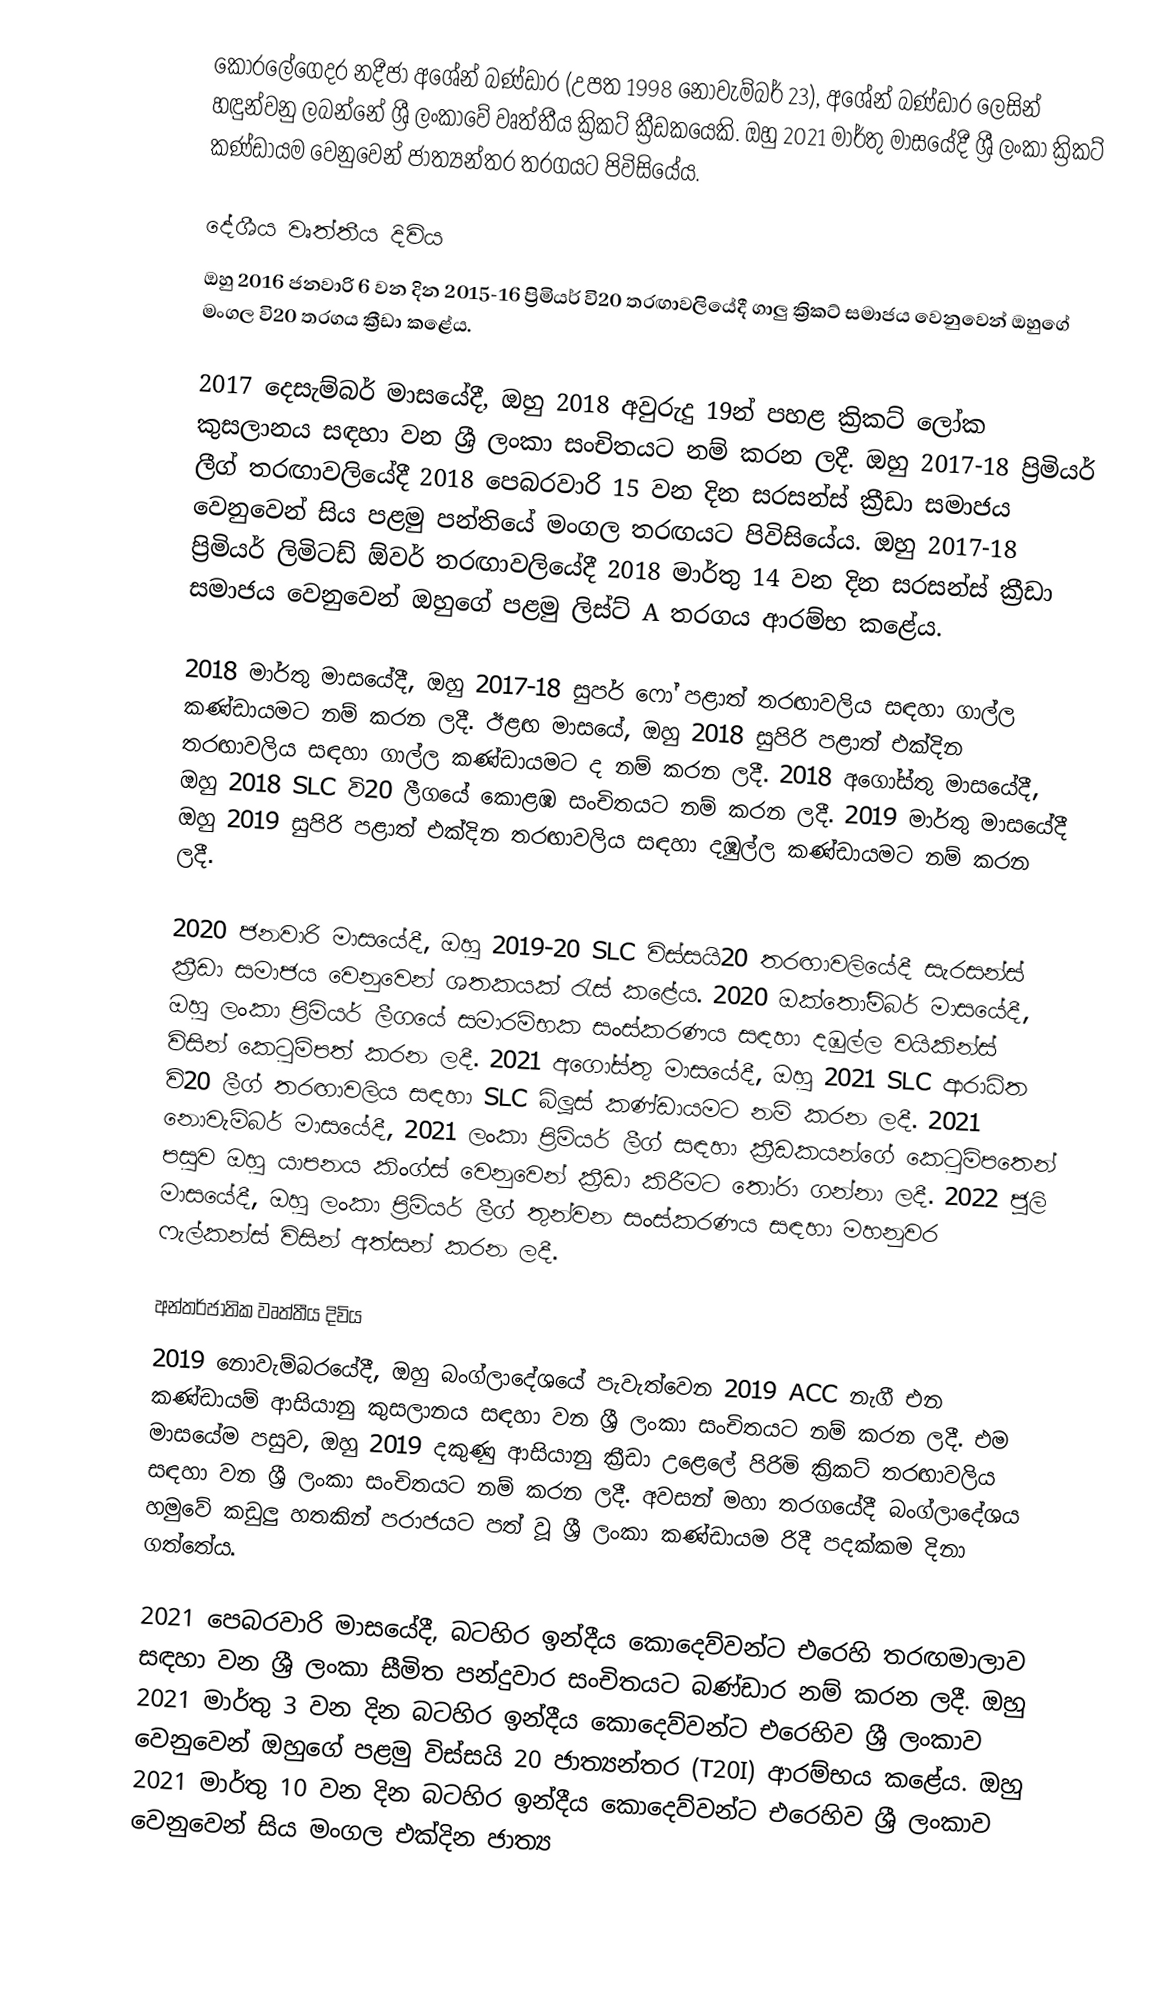
කෝරලේගෙදර නදීජා අශේන් බණ්ඩාර (උපත 1998 නොවැම්බර් 23), අශේන් බණ්ඩාර ලෙසින් හඳුන්වනු ලබන්නේ ශ්‍රී ලංකාවේ වෘත්තීය ක්‍රිකට් ක්‍රීඩකයෙකි. ඔහු 2021 මාර්තු මාසයේදී ශ්‍රී ලංකා ක්‍රිකට් කණ්ඩායම වෙනුවෙන් ජාත්‍යන්තර තරගයට පිවිසියේය.

දේශීය වෘත්තීය දිවිය
ඔහු 2016 ජනවාරි 6 වන දින 2015-16 ප්‍රිමියර් වි20 තරඟාවලියේදී ගාලු ක්‍රිකට් සමාජය වෙනුවෙන් ඔහුගේ මංගල වි20 තරගය ක්‍රීඩා කළේය.

2017 දෙසැම්බර් මාසයේදී, ඔහු 2018 අවුරුදු 19න් පහළ ක්‍රිකට් ලෝක කුසලානය සඳහා වන ශ්‍රී ලංකා සංචිතයට නම් කරන ලදී. ඔහු 2017-18 ප්‍රිමියර් ලීග් තරඟාවලියේදී 2018 පෙබරවාරි 15 වන දින සරසන්ස් ක්‍රීඩා සමාජය වෙනුවෙන් සිය පළමු පන්තියේ මංගල තරඟයට පිවිසියේය. ඔහු 2017-18 ප්‍රිමියර් ලිමිටඩ් ඕවර් තරඟාවලියේදී 2018 මාර්තු 14 වන දින සරසන්ස් ක්‍රීඩා සමාජය වෙනුවෙන් ඔහුගේ පළමු ලිස්ට් A තරගය ආරම්භ කළේය.

2018 මාර්තු මාසයේදී, ඔහු 2017-18 සුපර් ෆෝ පළාත් තරඟාවලිය සඳහා ගාල්ල කණ්ඩායමට නම් කරන ලදී. ඊළඟ මාසයේ, ඔහු 2018 සුපිරි පළාත් එක්දින තරඟාවලිය සඳහා ගාල්ල කණ්ඩායමට ද නම් කරන ලදී. 2018 අගෝස්තු මාසයේදී, ඔහු 2018 SLC වි20 ලීගයේ කොළඹ සංචිතයට නම් කරන ලදී. 2019 මාර්තු මාසයේදී ඔහු 2019 සුපිරි පළාත් එක්දින තරඟාවලිය සඳහා දඹුල්ල කණ්ඩායමට නම් කරන ලදී.

2020 ජනවාරි මාසයේදී, ඔහු 2019-20 SLC විස්සයි20 තරඟාවලියේදී සැරසන්ස් ක්‍රීඩා සමාජය වෙනුවෙන් ශතකයක් රැස් කළේය. 2020 ඔක්තෝම්බර් මාසයේදී, ඔහු ලංකා ප්‍රිමියර් ලීගයේ සමාරම්භක සංස්කරණය සඳහා දඹුල්ල වයිකින්ස් විසින් කෙටුම්පත් කරන ලදී. 2021 අගෝස්තු මාසයේදී, ඔහු 2021 SLC ආරාධිත වි20 ලීග් තරඟාවලිය සඳහා SLC බ්ලූස් කණ්ඩායමට නම් කරන ලදී. 2021 නොවැම්බර් මාසයේදී, 2021 ලංකා ප්‍රිමියර් ලීග් සඳහා ක්‍රීඩකයන්ගේ කෙටුම්පතෙන් පසුව ඔහු යාපනය කිංග්ස් වෙනුවෙන් ක්‍රීඩා කිරීමට තෝරා ගන්නා ලදී. 2022 ජූලි මාසයේදී, ඔහු ලංකා ප්‍රිමියර් ලීග් තුන්වන සංස්කරණය සඳහා මහනුවර ෆැල්කන්ස් විසින් අත්සන් කරන ලදී.

අන්තර්ජාතික වෘත්තීය දිවිය
2019 නොවැම්බරයේදී, ඔහු බංග්ලාදේශයේ පැවැත්වෙන 2019 ACC නැගී එන කණ්ඩායම් ආසියානු කුසලානය සඳහා වන ශ්‍රී ලංකා සංචිතයට නම් කරන ලදී. එම මාසයේම පසුව, ඔහු 2019 දකුණු ආසියානු ක්‍රීඩා උළෙලේ පිරිමි ක්‍රිකට් තරඟාවලිය සඳහා වන ශ්‍රී ලංකා සංචිතයට නම් කරන ලදී. අවසන් මහා තරගයේදී බංග්ලාදේශය හමුවේ කඩුලු හතකින් පරාජයට පත් වූ ශ්‍රී ලංකා කණ්ඩායම රිදී පදක්කම දිනා ගත්තේය.

2021 පෙබරවාරි මාසයේදී, බටහිර ඉන්දීය කොදෙව්වන්ට එරෙහි තරඟමාලාව සඳහා වන ශ්‍රී ලංකා සීමිත පන්දුවාර සංචිතයට බණ්ඩාර නම් කරන ලදී. ඔහු 2021 මාර්තු 3 වන දින බටහිර ඉන්දීය කොදෙව්වන්ට එරෙහිව ශ්‍රී ලංකාව වෙනුවෙන් ඔහුගේ පළමු විස්සයි 20 ජාත්‍යන්තර (T20I) ආරම්භය කළේය. ඔහු 2021 මාර්තු 10 වන දින බටහිර ඉන්දීය කොදෙව්වන්ට එරෙහිව ශ්‍රී ලංකාව වෙනුවෙන් සිය මංගල එක්දින ජාත්‍ය